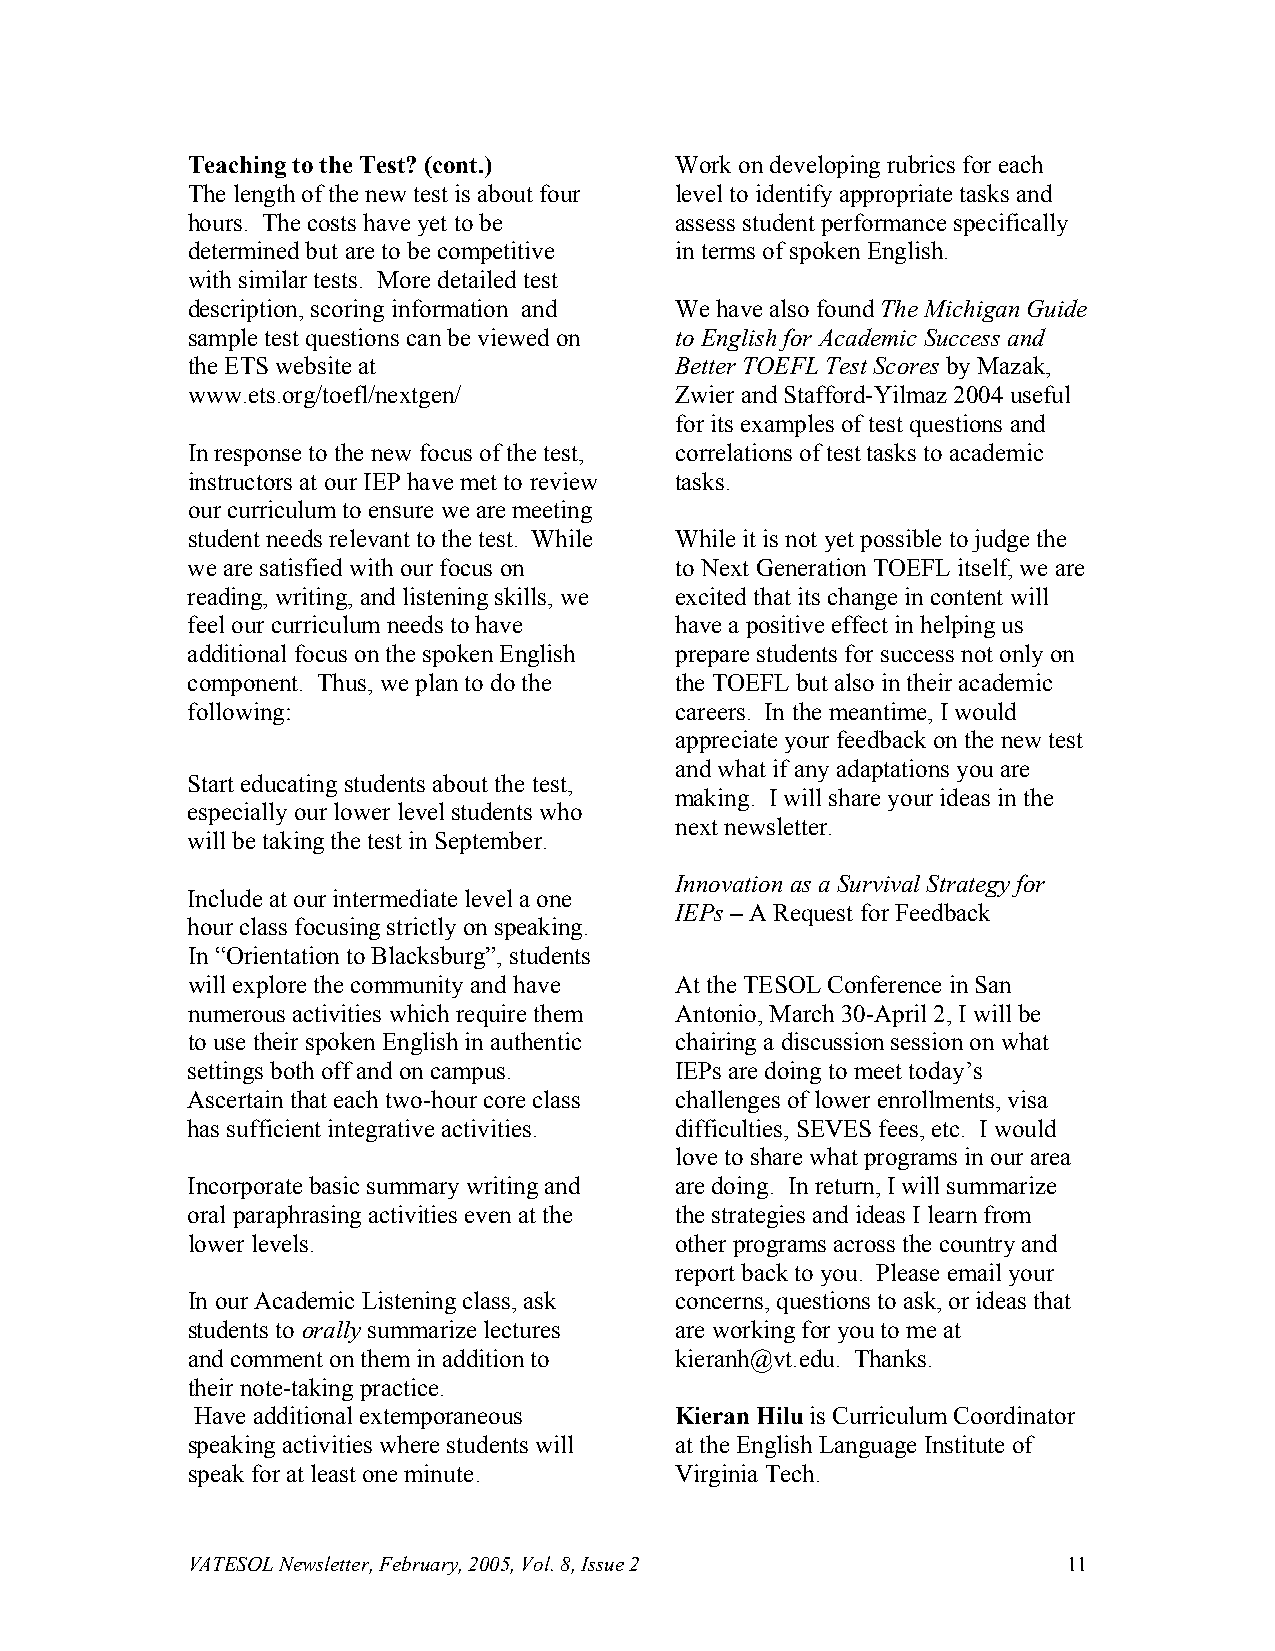
Teaching to the Test? (cont.)    Work on developing rubrics for each
 The length of the new test is about four level to identify appropriate tasks and
 hours. The costs have yet to be  assess student performance specifically
 determined but are to be competitive in terms of spoken English.
 with similar tests. More detailed test
 description, scoring information and We have also found The Michigan Guide
 sample test questions can be viewed on to English for Academic Success and
 the ETS website at               Better TOEFL Test Scores by Mazak,
 www.ets.org/toefl/nextgen/       Zwier and Stafford-Yilmaz 2004 useful
 for its examples of test questions and
 In response to the new focus of the test, correlations of test tasks to academic
 instructors at our IEP have met to review tasks.
 our curriculum to ensure we are meeting
 student needs relevant to the test. While While it is not yet possible to judge the
 we are satisfied with our focus on to Next Generation TOEFL itself, we are
 reading, writing, and listening skills, we excited that its change in content will
 feel our curriculum needs to have have a positive effect in helping us
 additional focus on the spoken English prepare students for success not only on
 component. Thus, we plan to do the the TOEFL but also in their academic
 following:                       careers. In the meantime, I would
 appreciate your feedback on the new test
 and what if any adaptations you are
 Start educating students about the test,
 making. I will share your ideas in the
 especially our lower level students who
 next newsletter.
 will be taking the test in September.
 Innovation as a Survival Strategy for
 Include at our intermediate level a one
 IEPs – A Request for Feedback
 hour class focusing strictly on speaking.
 In “Orientation to Blacksburg”, students
 will explore the community and have At the TESOL Conference in San
 numerous activities which require them Antonio, March 30-April 2, I will be
 to use their spoken English in authentic chairing a discussion session on what
 settings both off and on campus. IEPs are doing to meet today’s
 Ascertain that each two-hour core class challenges of lower enrollments, visa
 has sufficient integrative activities. difficulties, SEVES fees, etc. I would
 love to share what programs in our area
 Incorporate basic summary writing and are doing. In return, I will summarize
 oral paraphrasing activities even at the the strategies and ideas I learn from
 lower levels.                    other programs across the country and
 report back to you. Please email your
 In our Academic Listening class, ask concerns, questions to ask, or ideas that
 students to orally summarize lectures are working for you to me at
 and comment on them in addition to kieranh@vt.edu. Thanks.
 their note-taking practice.
 Have additional extemporaneous  Kieran Hilu is Curriculum Coordinator
 speaking activities where students will at the English Language Institute of
 speak for at least one minute.   Virginia Tech.
 VATESOL Newsletter, February, 2005, Vol. 8, Issue 2        11